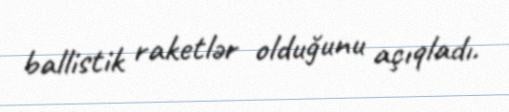
ballistik raketlər olduğunu açıqladı.